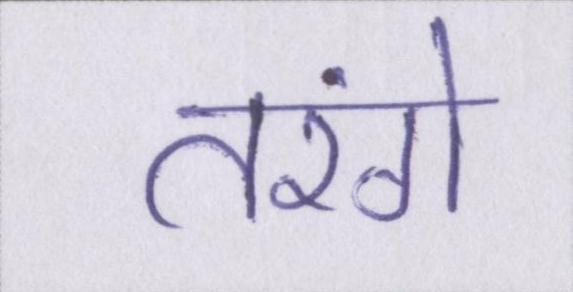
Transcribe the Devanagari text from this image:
तरंगे